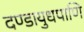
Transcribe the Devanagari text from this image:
दण्डायुधपाणि